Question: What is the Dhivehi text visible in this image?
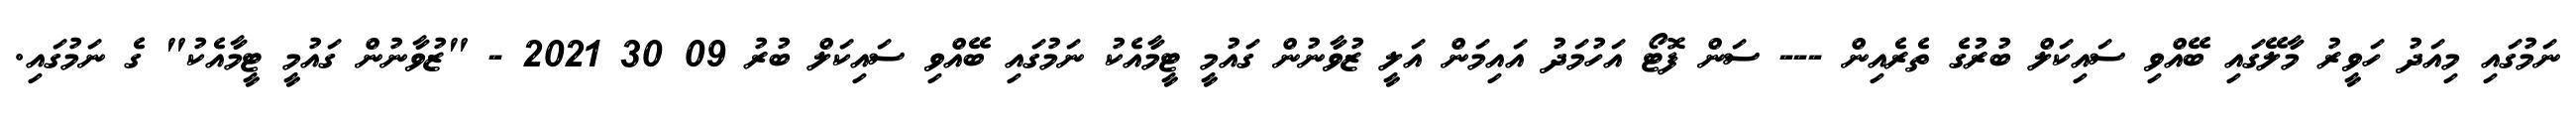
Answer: ނަމުގައި މިއަދު ހަވީރު މާލޭގައި ބޭއްވި ސައިކަލް ބުރުގެ ތެރެއިން --- ސަން ފޮޓޯ އަހުމަދު އައިމަން އަލީ ޒުވާނުން ގައުމީ ޓީމާއެކު ނަމުގައި ބޭއްވި ސައިކަލް ބުރު 09 30 2021 - "ޒުވާނުން ގައުމީ ޓީމާއެކު" ގެ ނަމުގައި.